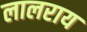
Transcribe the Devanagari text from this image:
लालराय